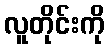
လူတိုင်းကို